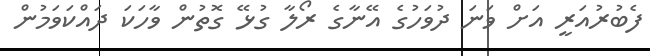
ފެބުރުއަރީ އަށް ވަނަ ދުވަހުގެ އޭނާގެ ރޯލާ ގުޅޭ ގޮތުން ވާހަކަ ދައްކަވަމުން